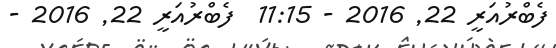
ފެބްރުއަރީ 22